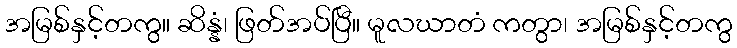
အမြစ်နှင့်တကွ။ ဆိန္နံ၊ ဖြတ်အပ်ပြီ။ မူလဃာတံ ကတွာ၊ အမြစ်နှင့်တကွ